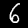
Digit: 6